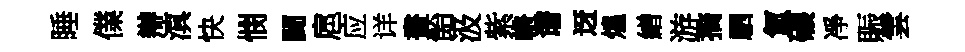
睡㒒辯滇快憫闘扈应详畫飴汲紫輈谱迓煌繒游摘駟氳碾凈賑雲